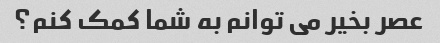
عصر بخیر می توانم به شما کمک کنم؟